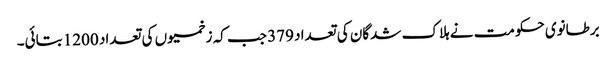
برطانوی حکومت نے ہلاک شدگان کی تعداد 379 جب کہ زخمیوں کی تعداد 1200 بتائی۔